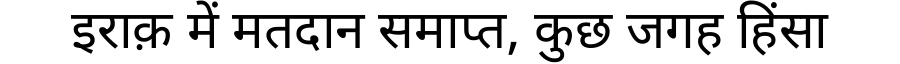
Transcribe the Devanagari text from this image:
इराक़ में मतदान समाप्त, कुछ जगह हिंसा